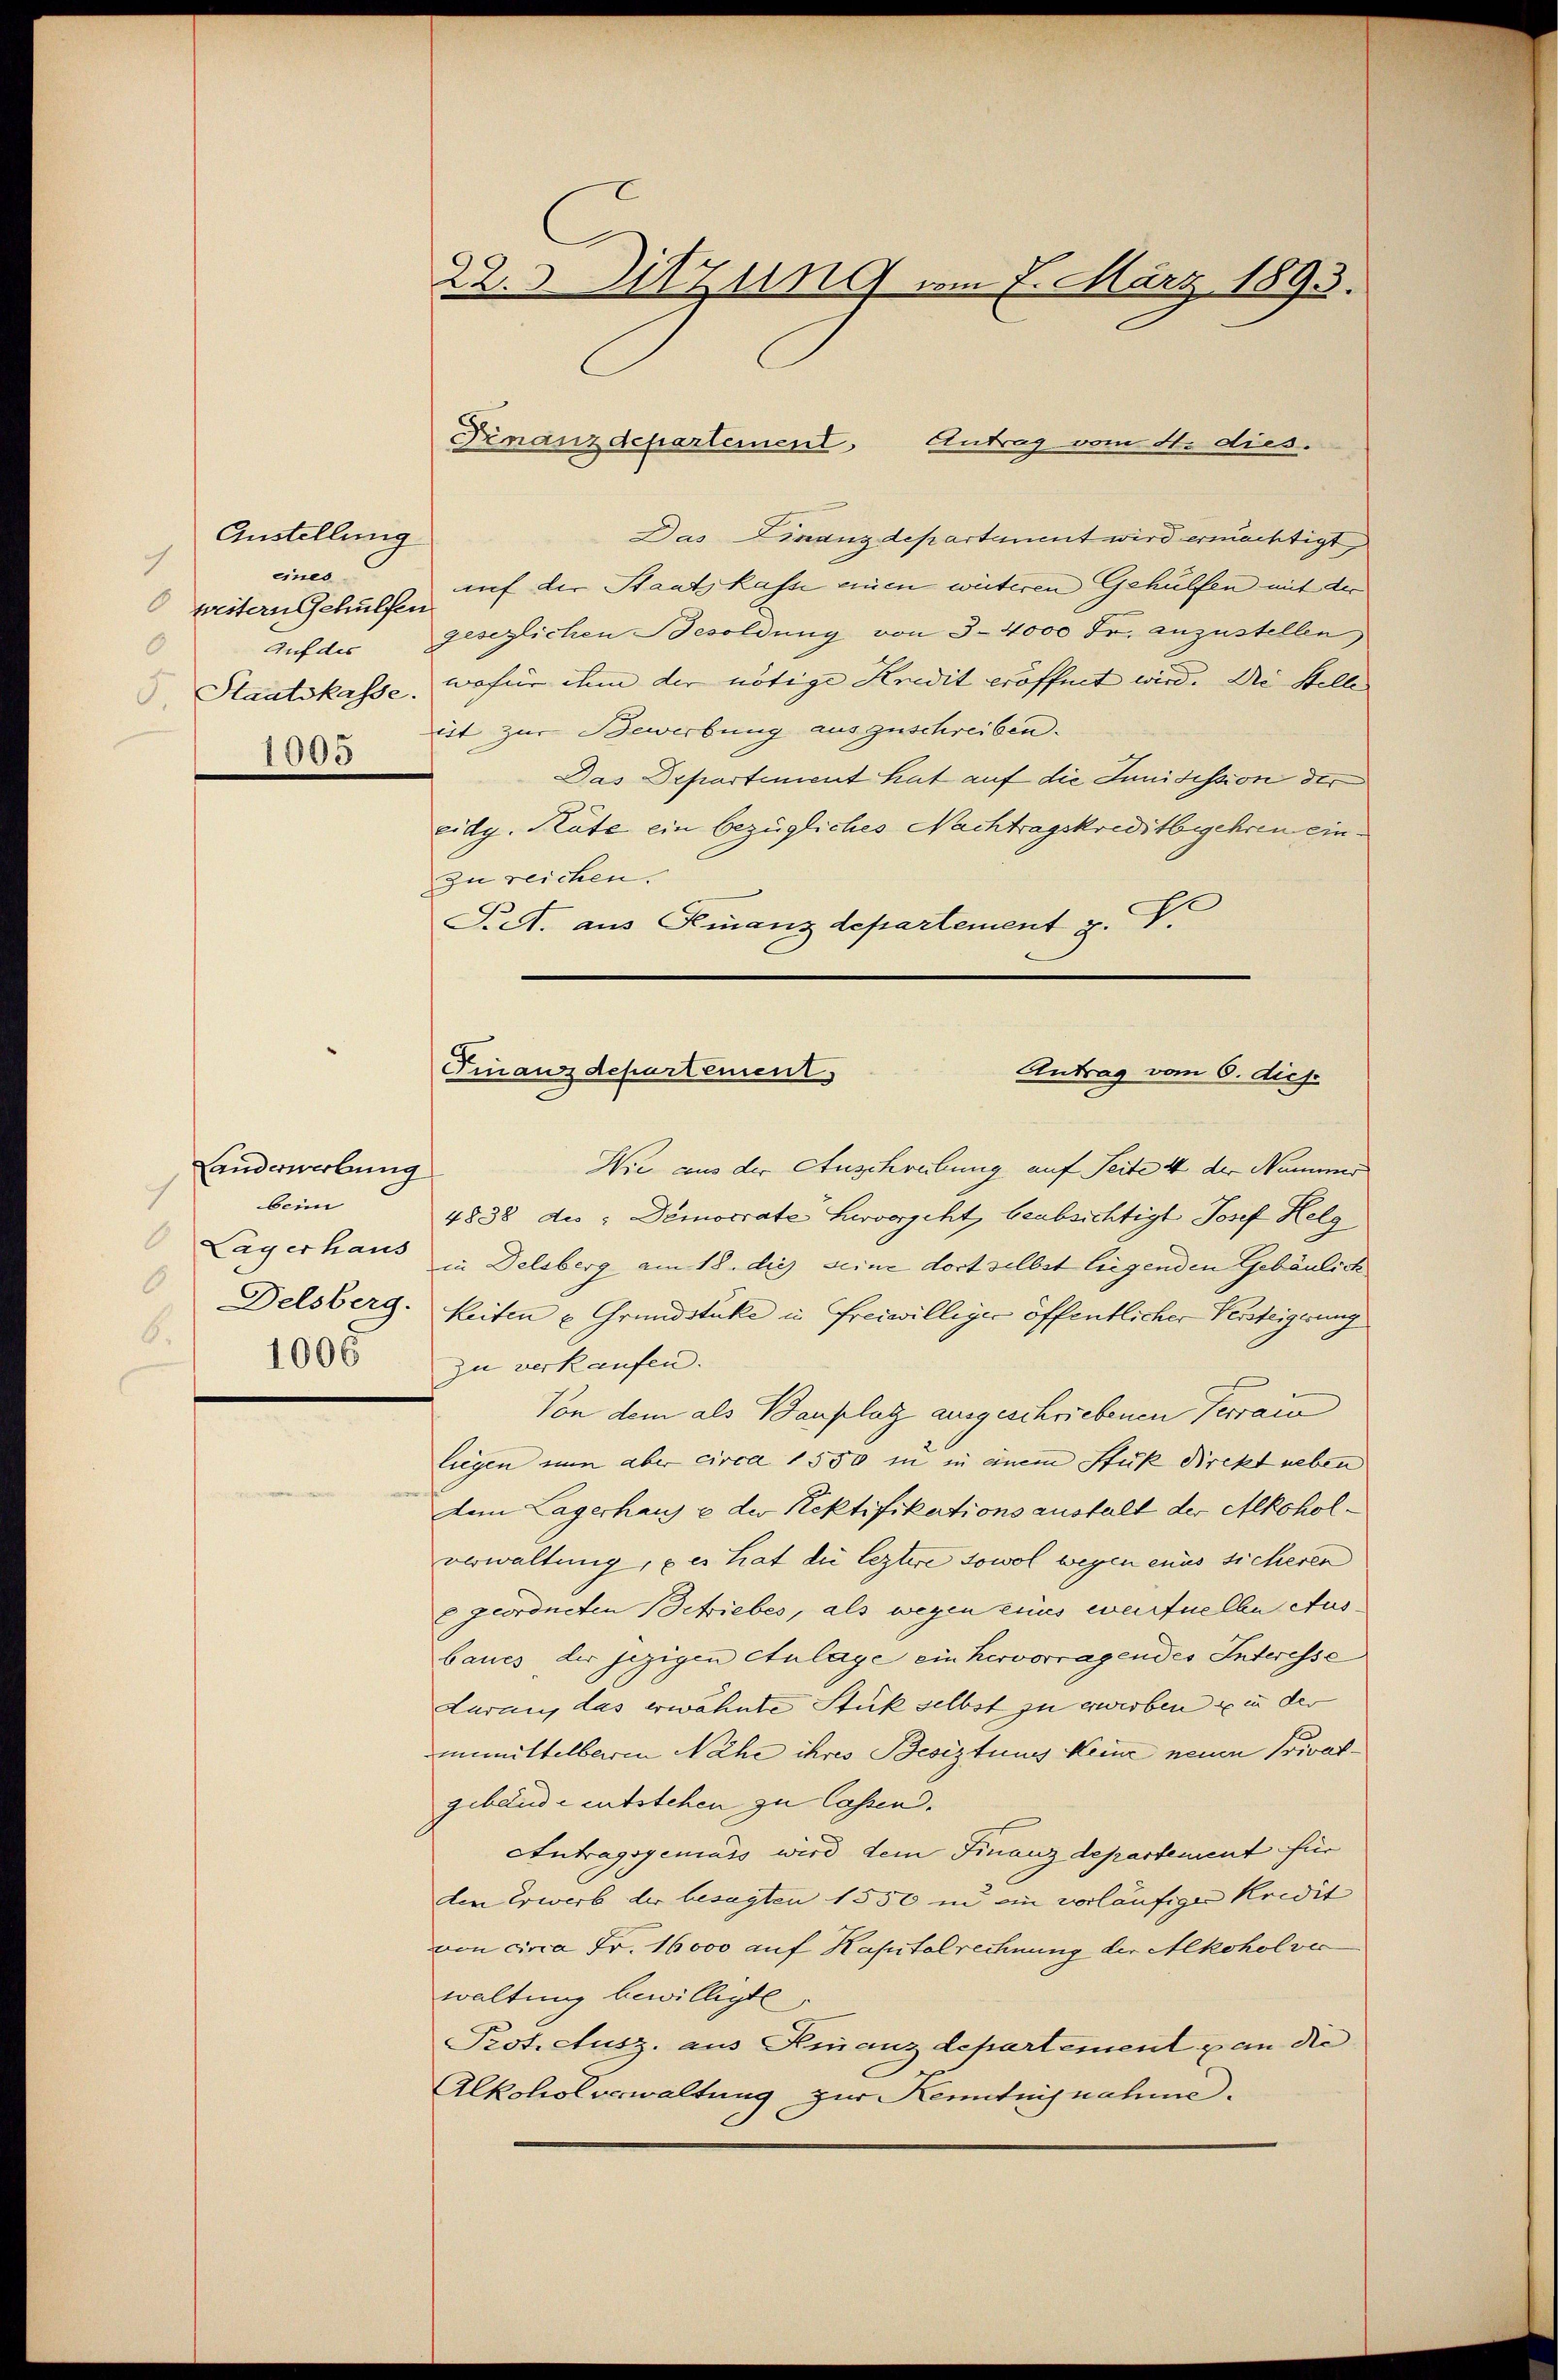
Austellung
eines
weitern Gehülfen
0
1005

anderwerbung
7
beim
Lag erhaus
6
Delsberg.
6.
1005

22. Sitzung am 7. März 1893.

Das Finanzdepartement wird ermächtigt
auf der Staatskasse einen weiteren Gehülfen mit der
Auf des gesezlichen Besoldung von 3–4000 Fr. anzustellen
Staatskasse, wofür ihm der nötige Kredit eröffnet wird. Die Stelle
it zur Bewerbung auszuschreiben.
Das Departement hat auf die Junidission der
eidg. Räte ein bezügliches Nachtragskreditbegehren einzu reichen.
Pret. aus Finanzdepartement z. B.

Finanzdepartement Antrag vom 1. dies.

Wie aus der Auschreibung auf Seite 44 der Nummer
4838 des : Demorrate Larvorgeht, beabsichtigt Josef Helg
in Delsberg am 18. die seine dort selbst liegenden Gebäulich
keiten u Grundstücke in Freiwilliger öffentlicher Versteigerung
zu verkaufen.
Von dem als Bauplatz ausgeschriebenen Terrain
liegen nun aber circa 1550 zu in einem Stuk Direkt neben
Dem Lagerhaus & der Rektifikations austalt der Alkoholverwaltung, u es hat die leztere sowol wegen eins sicheren
E geordneten Betriebes, als wegen eines werfuellen Ausbaues der jezigen Anlage ein hervorragendes Interesse
Lurau, das erwähnte Stück selbst zu erwerben & in der
iemittelbaren Nähe ihres Besiztung keine neuen Privatgebäude entstehen zu lassen.
Antragsgemäss wird dem Finanzdepartement für
den Erwerb der besagten 1550 in ein vorläufiger Kredit
von circa Fr. 16000 auf Kapitelrechnung der Alkohol ver
waltung bewilligte,
Prot. Ausz. aus Finanzdepartement & an die
Alkoholverwaltung zur Kenntnisnahme.

Finanzdepartement
Antrag vom 6. dies